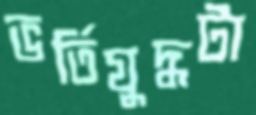
ভর্তিযুদ্ধটা